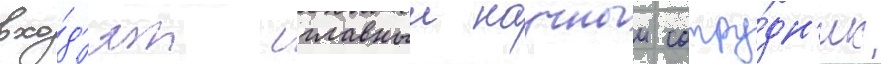
вхо́д'ят главныи научныи сотру́дн'ик